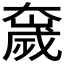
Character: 𫯻